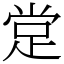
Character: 䟫